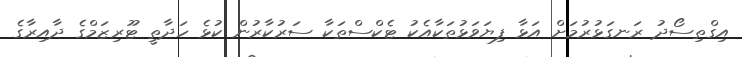
އިގްތިސޯދު ރަނގަޅުރުމަށް އަޅާ ފިޔަވަޅުތަކާއެކު ޓެކްސްތަކާ ސަރުކާރުން ކުޅެ ހަދާތީ ޓޫރިޒަމްގެ ދާއިރާގެ